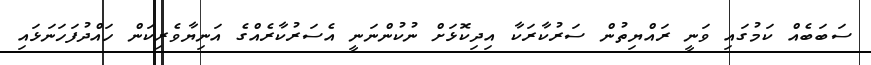
ސަބަބެއް ކަމުގައި ވަނީ ރައްޔިތުން ސަރުކާރަކާ އިދިކޮޅަށް ނުކުންނަނީ އެސަރުކާރެއްގެ އަނިޔާވެރިކަން ހައްދުފަހަނަޅައި